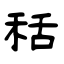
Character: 秳